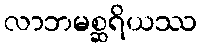
လာဘမစ္ဆရိယဿ